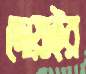
দোয়াইর